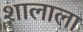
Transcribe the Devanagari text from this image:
शालाला